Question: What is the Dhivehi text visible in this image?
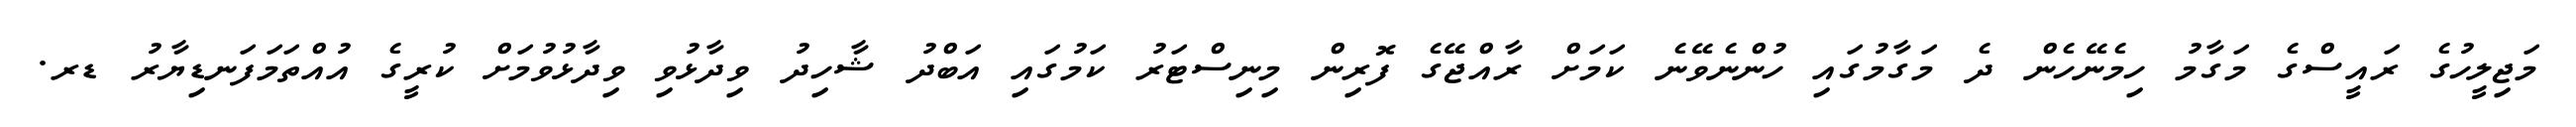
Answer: މަޖިލީހުގެ ރައީސްގެ މަގާމު ހިމެނޭހެން ދެ މަގާމުގައި ހުންނެވޭނެ ކަމަށް ރާއްޖޭގެ ފޮރިން މިނިސްޓަރު ކަމުގައި އަބްދު ޝާހިދު ވިދާޅުވި ވިދާޅުވުމަށް ކުރީގެ އުއްތަމަފަނޑިޔާރު ޑރ.